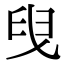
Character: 𦥙